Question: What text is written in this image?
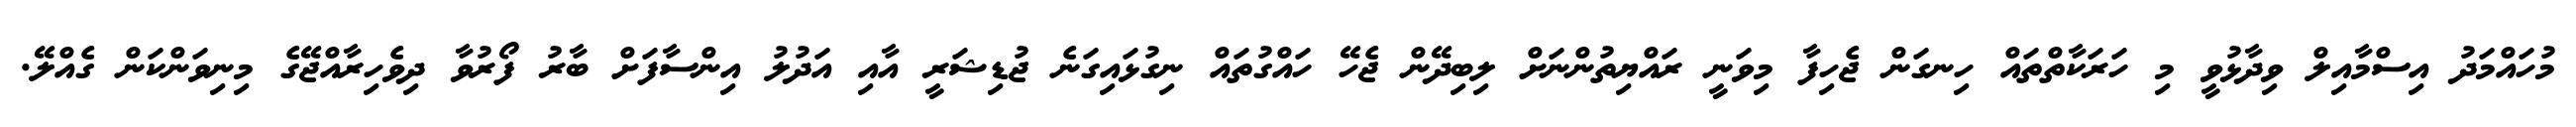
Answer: މުހައްމަދު އިސްމާއިލް ވިދާޅުވީ މި ހަރަކާތްތައް ހިނގަން ޖެހިފާ މިވަނީ ރައްޔިތުންނަށް ލިބިދޭން ޖެހޭ ހައްގުތައް ނިގުޅައިގަނެ ޖުޑިޝަރީ އާއި އަދުލު އިންސާފަށް ބާރު ފޯރުވާ ދިވެހިރާއްޖޭގެ މިނިވަންކަން ގެއްލޭ.